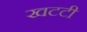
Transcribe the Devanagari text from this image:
खटटी